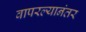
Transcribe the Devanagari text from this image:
वापरल्यानंतर